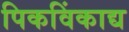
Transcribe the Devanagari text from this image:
पिकविंकाद्य